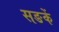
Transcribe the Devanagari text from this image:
सङकें